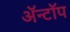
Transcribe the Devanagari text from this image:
ॲन्टॉप